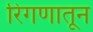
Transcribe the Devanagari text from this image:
रिंगणातून